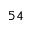
^ Ḋ 5 4 Ḍ